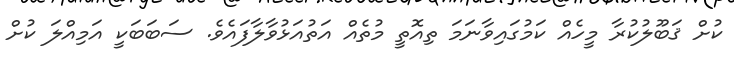
ކުށް ޤަބޫލުކުރާ މީހެއް ކަމުގައިވާނަމަ ތިއޮތީ މުތެއް އަތުއަޅުވާލާފައެވެ. ސަބަބަކީ އަމިއްލަ ކުށް